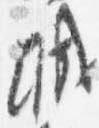
城